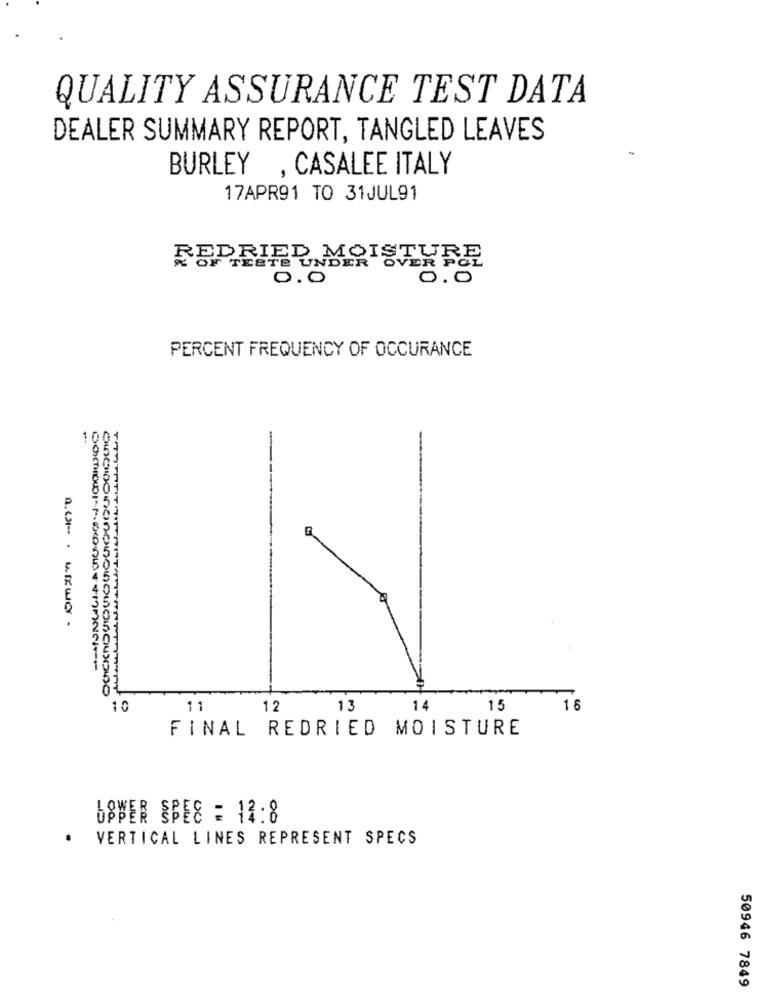
QUALITY ASSURANCE TEST DATA
DEALER SUMMARY REPORT, TANGLED LEAVES
BURLEY , CASALEE ITALY
17APR91 TO 31JUL91
REDRIED MOIS
TESTS UNDER OVERFEE
0.0
0.0
PERCENT FREQUENCY OF OCCURANCE
10
10
11
12
13
14
15
16
FINAL REDRIED MOISTURE
USBER SBEE = 12:8
.
VERTICAL LINES REPRESENT SPECS
50946 7849